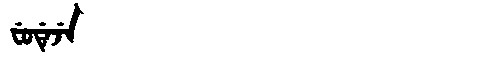
Manchu: ᠸᡠᡩᡝᠵᡝ
Romanization: FUDEJE